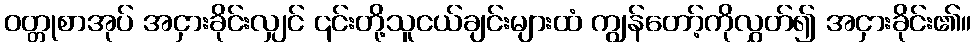
ဝတ္တုစာအုပ် အငှားခိုင်းလျှင် ၎င်းတို့သူငယ်ချင်းများထံ ကျွန်တော့်ကိုလွှတ်၍ အငှားခိုင်း၏။